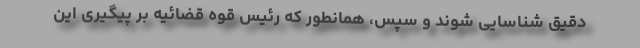
دقیق شناسایی شوند و سپس، همانطور که رئیس قوه قضائیه بر پیگیری این